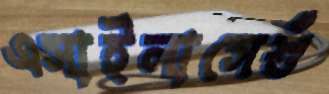
এসাইলাসেশুঁ